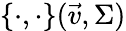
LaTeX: \{ \cdot,\cdot\} (\vec{v},\Sigma)